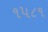
૧૫૮૧